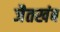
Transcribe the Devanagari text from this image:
जैतखंब